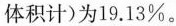
体积计)为19.13%。